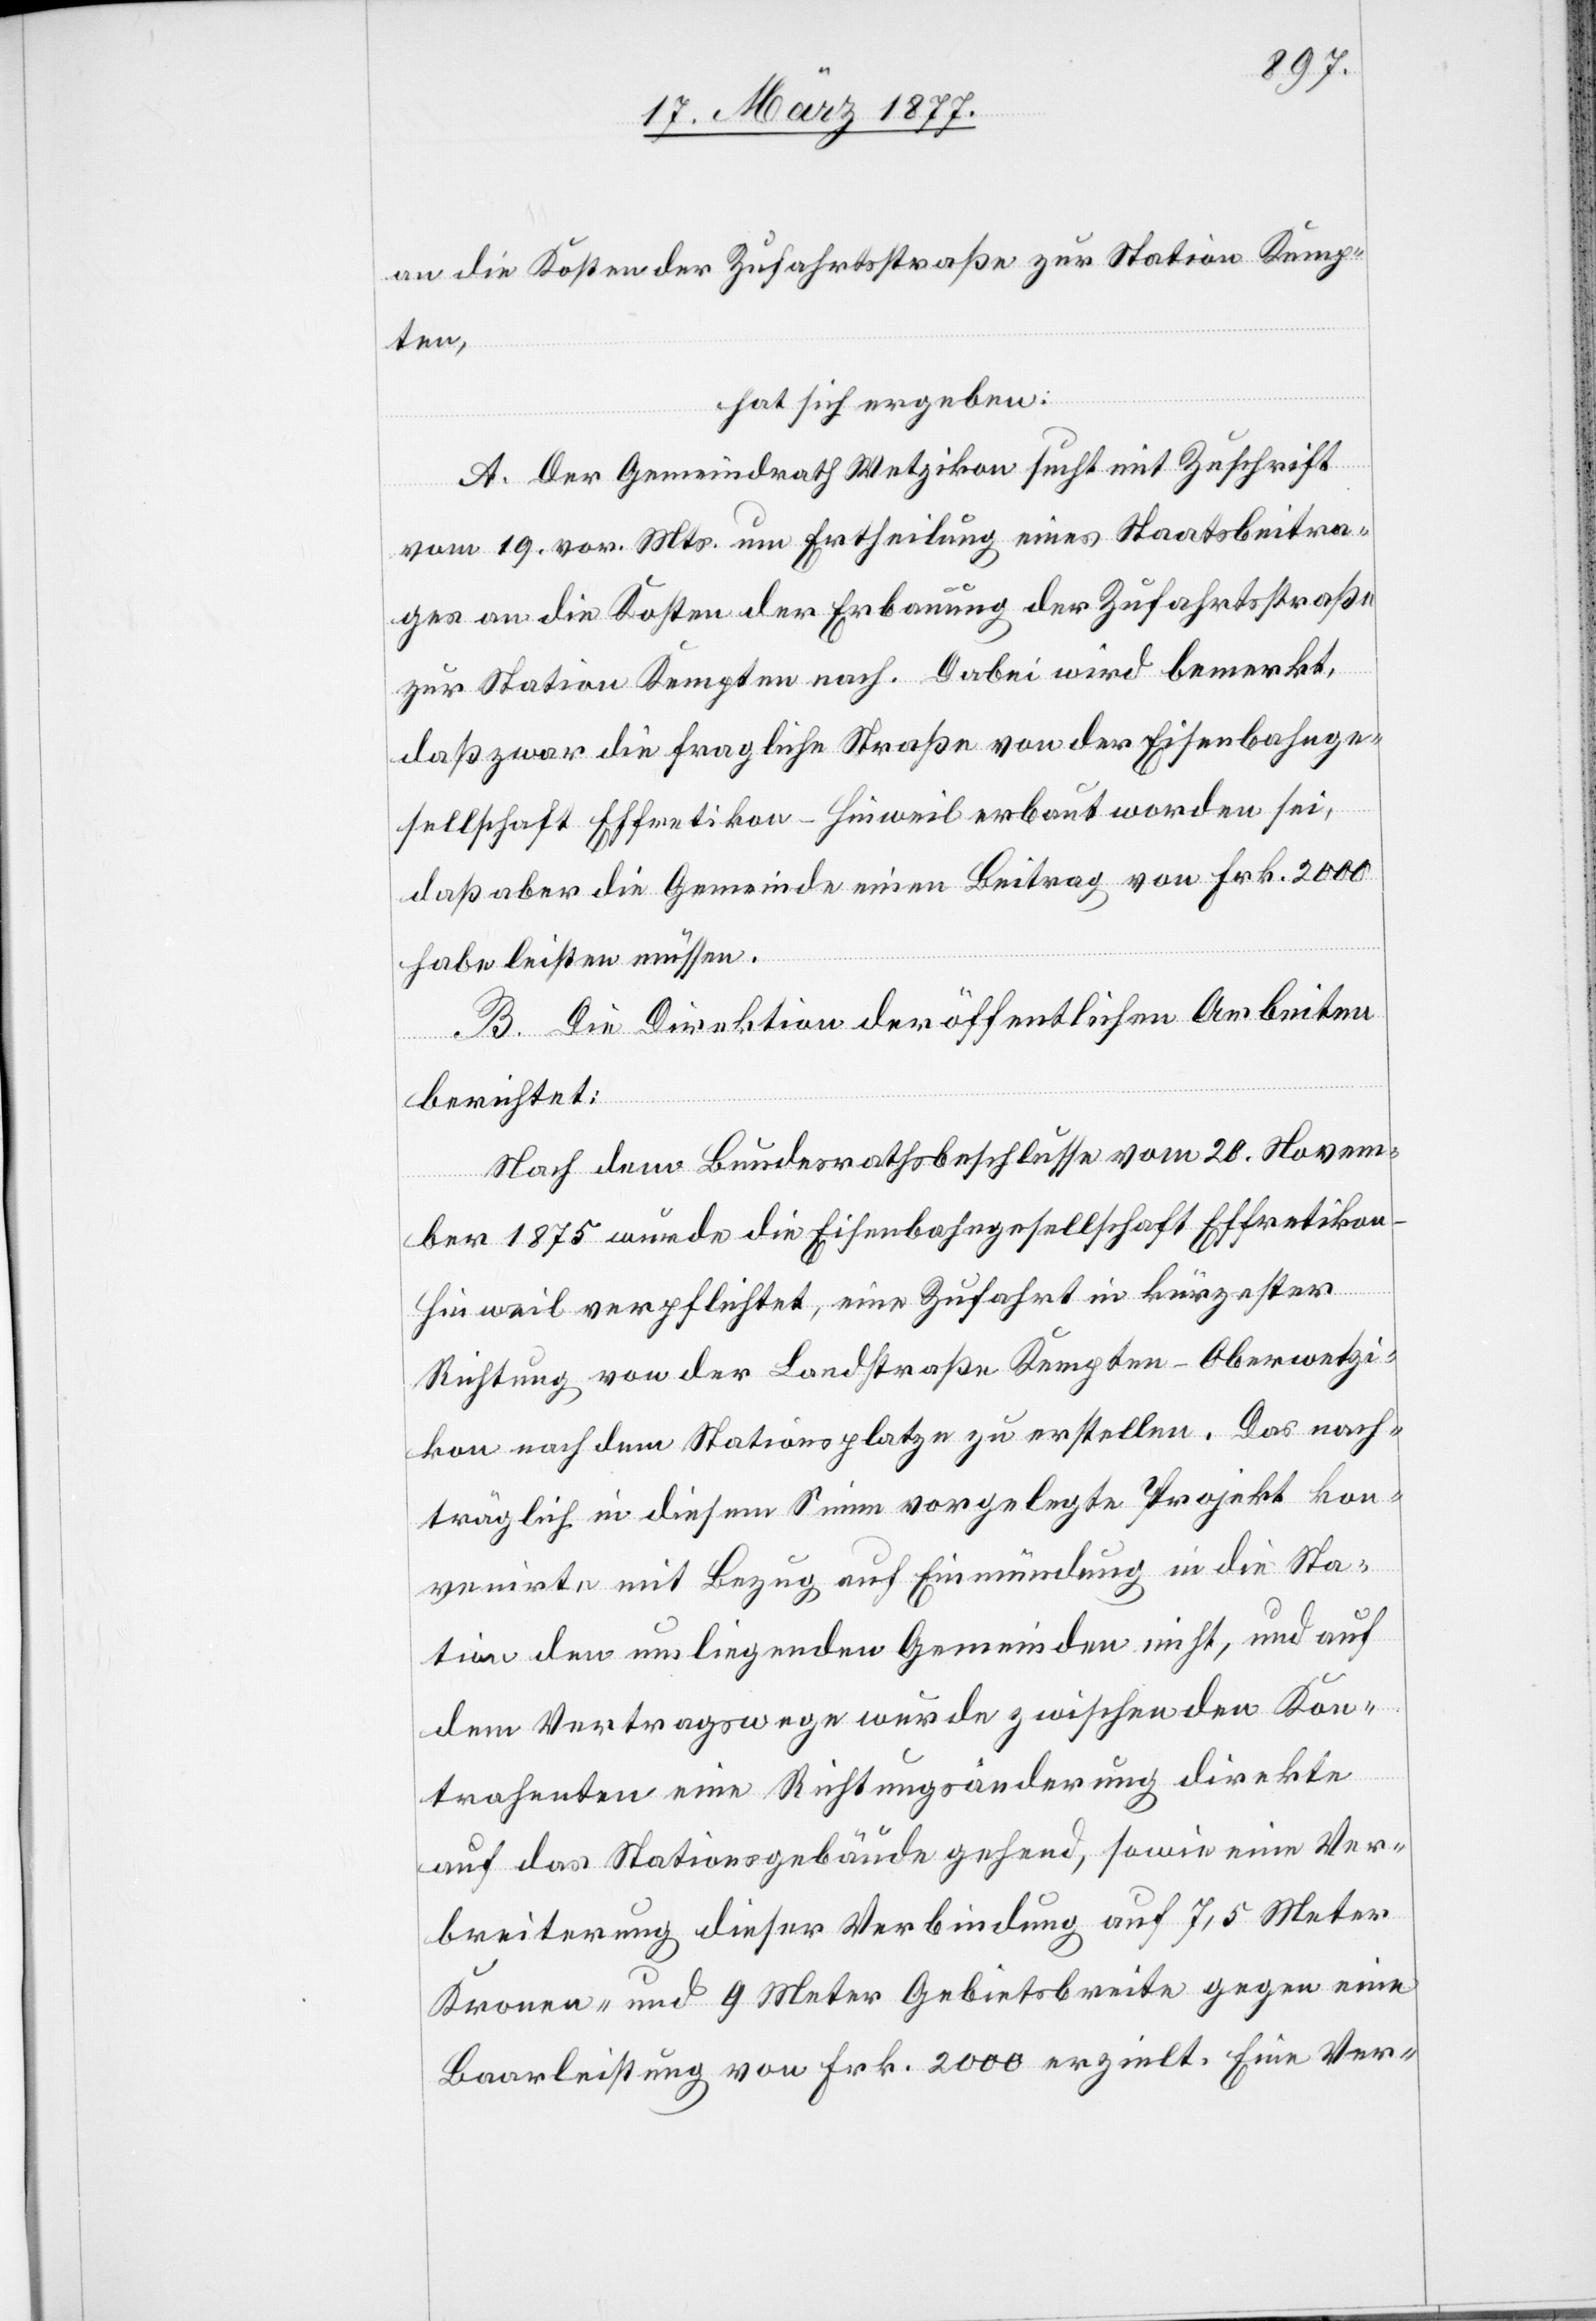
an die Kosten der Zufahrtsstraße zur Station Kemp¬
ten,
hat sich ergeben:
A. Der Gemeindrath Wetzikon sucht mit Zuschrift
vom 19. vor. Mts. um Ertheilung eines Staatsbeitra¬
ges an die Kosten der Erbauung der Zufahrtsstraße
zur Station Kempten nach. Dabei wird bemerkt,
daß zwar die fragliche Straße von der Eisenbahnge¬
sellschaft Effretikon–Hinweil erbaut worden sei,
daß aber die Gemeinde einen Beitrag von Frk. 2000
habe leisten müssen.
B. Die Direktion der öffentlichen Arbeiten
berichtet:
Nach dem Bundesrathsbeschlusse vom 20. Novem¬
ber 1875 wurde die Eisenbahngesellschaft Effretiko¬
n–Hinweil verpflichtet, eine Zufahrt in kürzester
Richtung von den Landstraße Kempten–Oberwetzi¬
kon nach dem Stationspatze zu erstellen. Das nach¬
träglich in diesem Sinne vorgelegte Projekt kon¬
venirte mit Bezug auf Einmündung in die Sta¬
tion den umliegenden Gemeinden nicht, und auf
dem Vertragswege wurde zwischen den Kon¬
trahenten eine Richtungsänderung direkte
auf das Stationsgebäude gehend, sowie eine Ver¬
breiterung dieser Verbindung auf 7,5 Meter
Kronen- und 9 Meter Gebietsbreite gegen eine
Baarleistung von Frk. 2000 erzielt. Eine Ver-